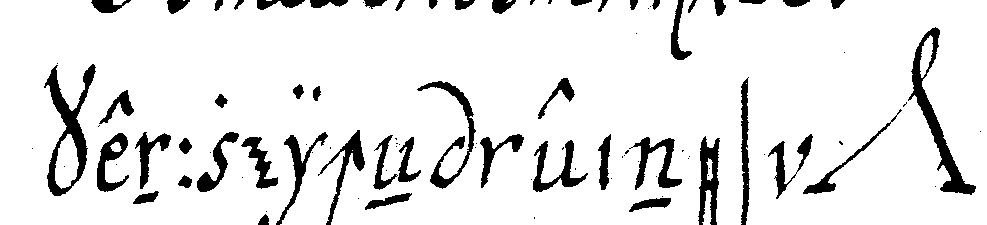
kennzeicheN eines *nee* .